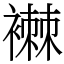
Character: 襋